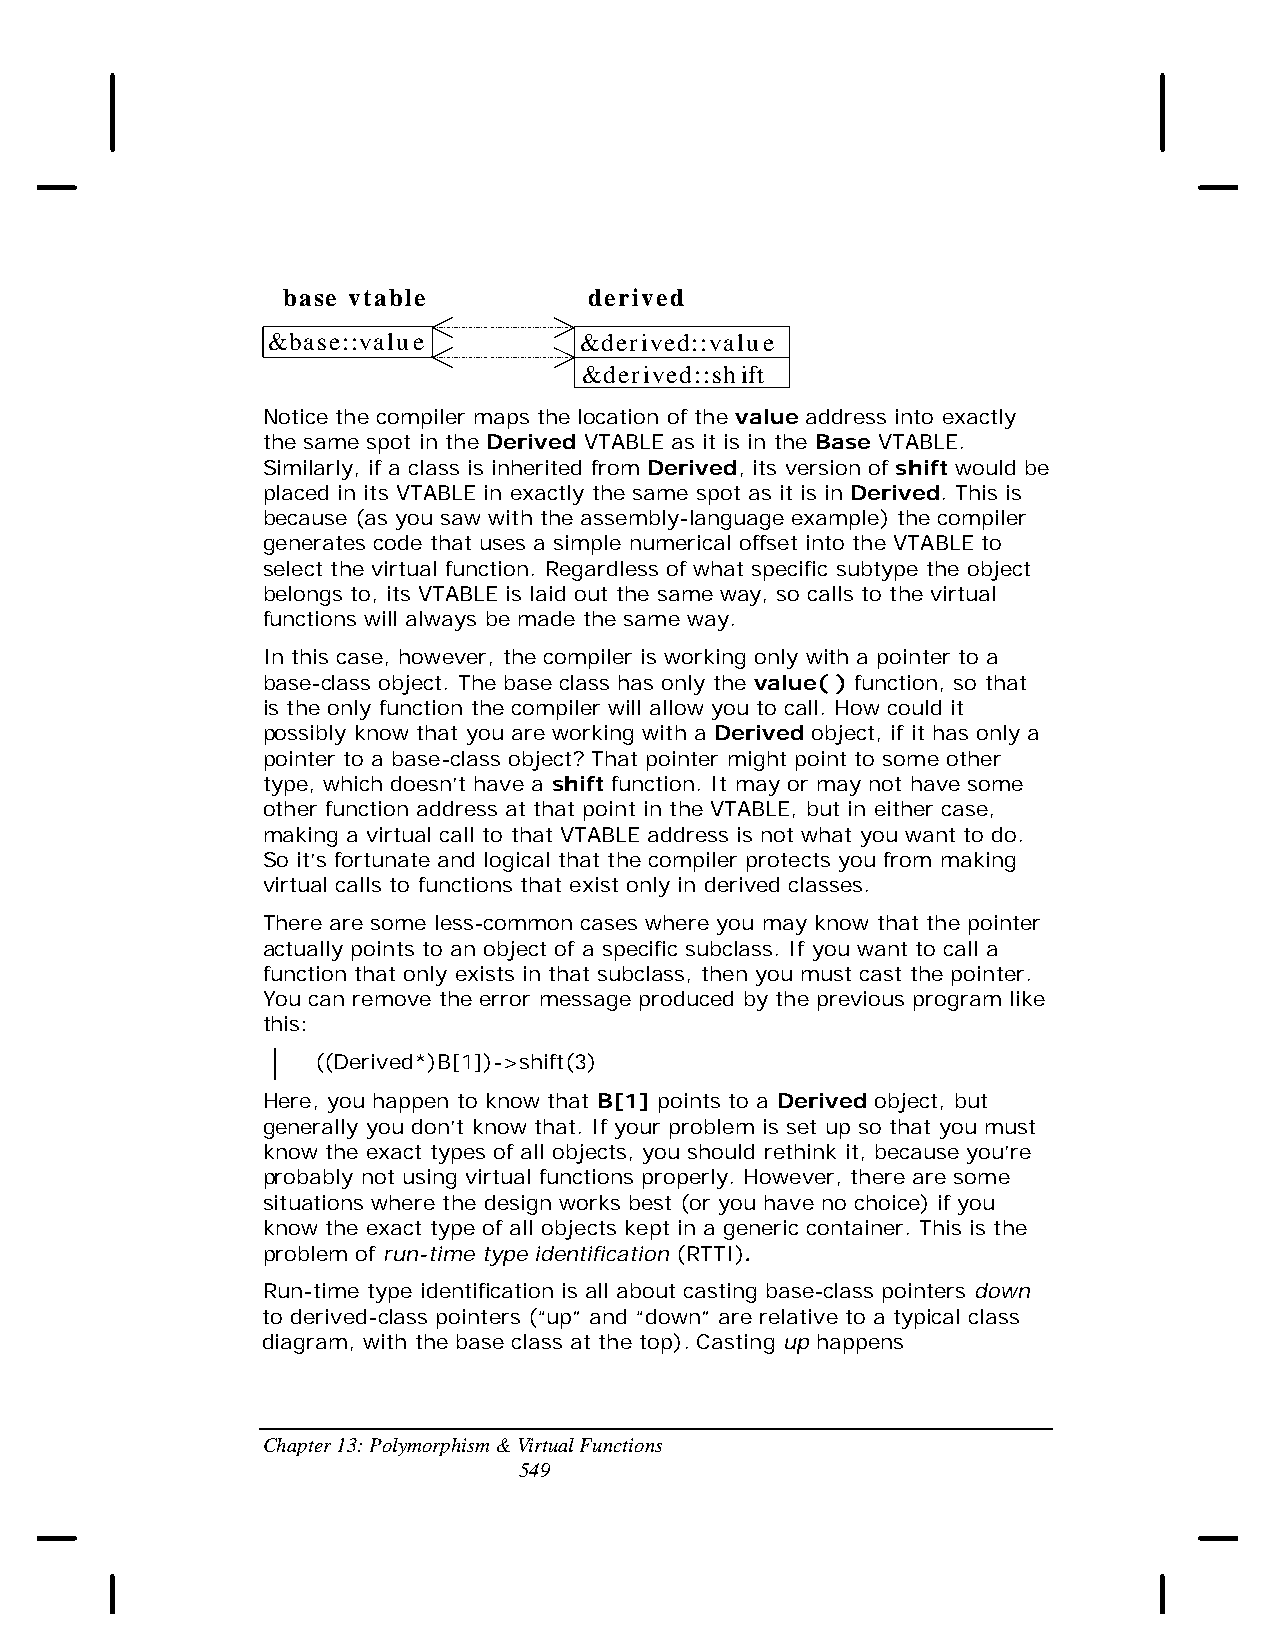
base vtable         derived
 &base::value        &derived::value
 &derived::shift
 Notice the compiler maps the location of the value address into exactly
 the same spot in the Derived VTABLE as it is in the Base VTABLE.
 Similarly, if a class is inherited from Derived, its version of shift would be
 placed in its VTABLE in exactly the same spot as it is in Derived. This is
 because (as you saw with the assembly-language example) the compiler
 generates code that uses a simple numerical offset into the VTABLE to
 select the virtual function. Regardless of what specific subtype the object
 belongs to, its VTABLE is laid out the same way, so calls to the virtual
 functions will always be made the same way.
 In this case, however, the compiler is working only with a pointer to a
 base-class object. The base class has only the value( ) function, so that
 is the only function the compiler will allow you to call. How could it
 possibly know that you are working with a Derived object, if it has only a
 pointer to a base-class object? That pointer might point to some other
 type, which doesn’t have a shift function. It may or may not have some
 other function address at that point in the VTABLE, but in either case,
 making a virtual call to that VTABLE address is not what you want to do.
 So it’s fortunate and logical that the compiler protects you from making
 virtual calls to functions that exist only in derived classes.
 There are some less-common cases where you may know that the pointer
 actually points to an object of a specific subclass. If you want to call a
 function that only exists in that subclass, then you must cast the pointer.
 You can remove the error message produced by the previous program like
 this:
 ((Derived*)B[1])->shift(3)
 Here, you happen to know that B[1] points to a Derived object, but
 generally you don’t know that. If your problem is set up so that you must
 know the exact types of all objects, you should rethink it, because you’re
 probably not using virtual functions properly. However, there are some
 situations where the design works best (or you have no choice) if you
 know the exact type of all objects kept in a generic container. This is the
 problem of run-time type identification (RTTI).
 Run-time type identification is all about casting base-class pointers down
 to derived-class pointers (“up” and “down” are relative to a typical class
 diagram, with the base class at the top). Casting up happens
 Chapter 13: Polymorphism & Virtual Functions
 549